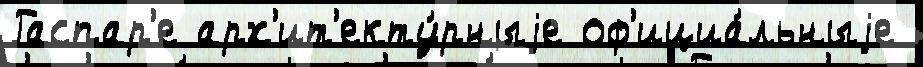
Гаспар'е арх'ит'екту́рныjе оф'ициа́льныjе